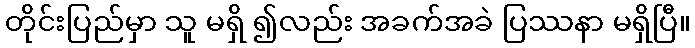
တိုင်းပြည်မှာ သူ မရှိ ၍လည်း အခက်အခဲ ပြဿနာ မရှိပြီ။